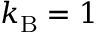
k _ { \mathrm { B } } = 1